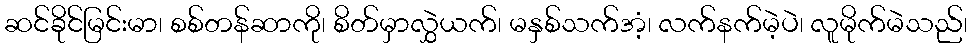
ဆင်ခိုင်မြင်းမာ၊ စစ်တန်ဆာကို၊ စိတ်မှာလွှဲယက်၊ မနှစ်သက်အံ့၊ လက်နက်မဲ့ပဲ၊ လူမိုက်မဲသည်၊